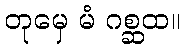
တုမှေ မံ ဂစ္ဆထ။